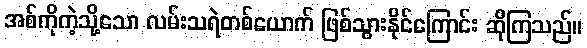
အစ်ကိုကဲ့သို့သော လမ်းသရဲတစ်ယောက် ဖြစ်သွားနိုင်ကြောင်း ဆိုကြသည်။